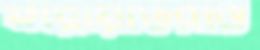
ফরোয়ার্ডরাও